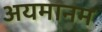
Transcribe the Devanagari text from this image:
अयमानम